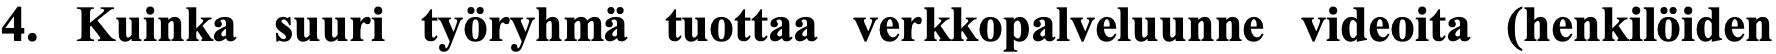
4. Kuinka suuri työryhmä tuottaa verkkopalveluunne videoita (henkilöiden